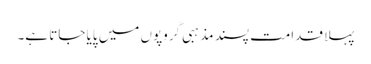
پہلا قدامت پسند مذہبی گروپوں میں پایا جاتا ہے۔